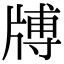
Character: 牔